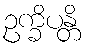
ဥက္ခိပန္တိ